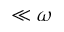
\ll \omega